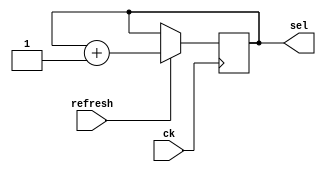
`timescale 1ns/1ps

module cnt_4(
    input ck,
    input refresh,
    output reg [1:0] sel
    );

    reg [1:0] sel_next;

    // sel transition
    always @(posedge ck) begin
        sel <= sel_next;
    end

    // new sel logic
    always @(sel, refresh) begin
        if (refresh) sel_next = sel + 1;
        else sel_next = sel;
    end

endmodule

module dec2_4(
    input [1:0] sel,
    output reg [7:0] an
    );

    always @(sel) begin
        case (sel)
            3'h0: an = 8'b1111_1110;
            3'h1: an = 8'b1111_1101;
            3'h2: an = 8'b1111_1011;
            3'h3: an = 8'b1111_0111;
            default: an = 8'b1111_1111;
        endcase
    end

endmodule

module mux_4(
    input [3:0] seg0, seg1, seg2, seg3,
    input [1:0] sel,
    output reg [3:0] in_seg
    );

    always @(seg0, seg1, seg2, seg3, sel) begin
        case (sel)
            4'h0: in_seg = seg0;
            4'h1: in_seg = seg1;
            4'h2: in_seg = seg2;
            4'h3: in_seg = seg3;
            default: in_seg = 4'h0;
        endcase
    end

endmodule

module seven_segments(
	input [3:0] in_seg,
	output reg [6:0] c // {ca, cb, cc, cd, ce, cf, cg}
    );

	always @(in_seg) begin
		case (in_seg)
			4'h0: c = 7'b0000001;
			4'h1: c = 7'b1001111;
			4'h2: c = 7'b0010010;
			4'h3: c = 7'b0000110;
			4'h4: c = 7'b1001100;
			4'h5: c = 7'b0100100;
			4'h6: c = 7'b0100000;
			4'h7: c = 7'b0001111;
			4'h8: c = 7'b0000000;
			4'h9: c = 7'b0000100;
			4'hA: c = 7'b0001000;
			4'hB: c = 7'b1100000;
			4'hC: c = 7'b0110001;
			4'hD: c = 7'b1000010;
			4'hE: c = 7'b0110000;
			4'hF: c = 7'b0111000;
			default: c = 7'b1111111;
		endcase
	end

endmodule

module four_display(
    input ck,
    input refresh,
    input [3:0] seg0, seg1, seg2, seg3,
    output [7:0] an,
    output [6:0] c
    );
    wire [1:0] sel;
    wire [3:0] in_seg;
    
    cnt_4 u1(ck, refresh, sel);
    mux_4 u2(seg0, seg1, seg2, seg3, sel, in_seg);
    dec2_4 u3(sel, an);
    seven_segments u4(in_seg, c);
endmodule